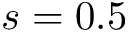
s = 0 . 5